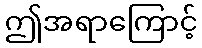
ဤအရာကြောင့်